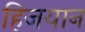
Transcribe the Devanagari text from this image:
हिजयान